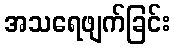
အသရေဖျက်ခြင်း